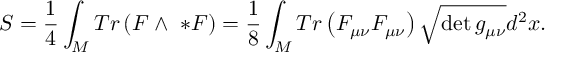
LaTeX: { \cal S } = \frac { 1 } { 4 } \int _ { M } T r \left( F \wedge \ * F \right) = \frac { 1 } { 8 } \int _ { M } T r \left( F _ { \mu \nu } F _ { \mu \nu } \right) \sqrt { \operatorname * { d e t } g _ { \mu \nu } } d ^ { 2 } x .